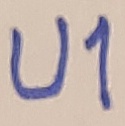
Text: U1